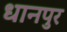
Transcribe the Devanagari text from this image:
धानपुर